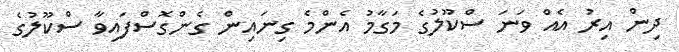
ދިން އިރު އެއް ވަނަ ސްކޫލުގެ މަގާމު އެންމެ ގިނައިން ގެންގޮސްފައިވާ ސްކޫލުގެ